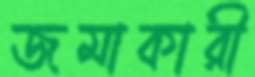
জমাকারী